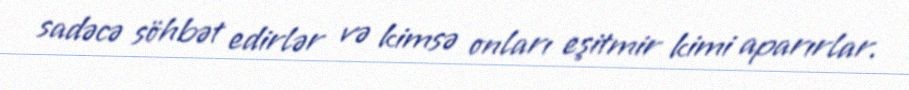
sadəcə söhbət edirlər və kimsə onları eşitmir kimi aparırlar.